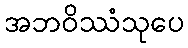
အဘဝိဿံသုပေ